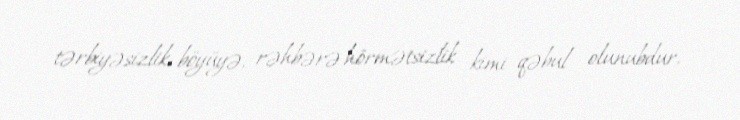
tərbiyəsizlik, böyüyə, rəhbərə hörmətsizlik kimi qəbul olunubdur.